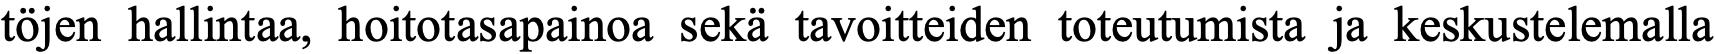
töjen hallintaa, hoitotasapainoa sekä tavoitteiden toteutumista ja keskustelemalla